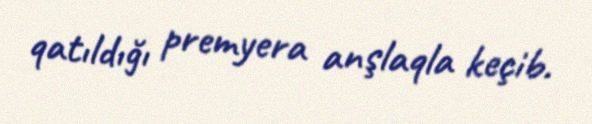
qatıldığı premyera anşlaqla keçib.